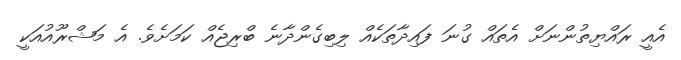
އެއީ ރައްޔިތުންނަށް އެތައް ގުނަ ފައިދާތަކެއް ލިބިގެންދާނެ ބްރިޖެއް ކަމަށެވެ. އެ މަޝްރޫއުއަކީ